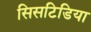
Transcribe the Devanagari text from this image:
सिसटिडिया